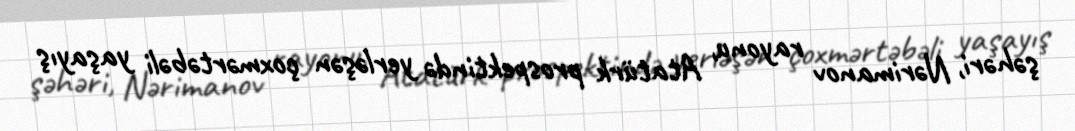
şəhəri, Nərimanov rayonu, Atatürk prospektində yerləşən çoxmərtəbəli yaşayış